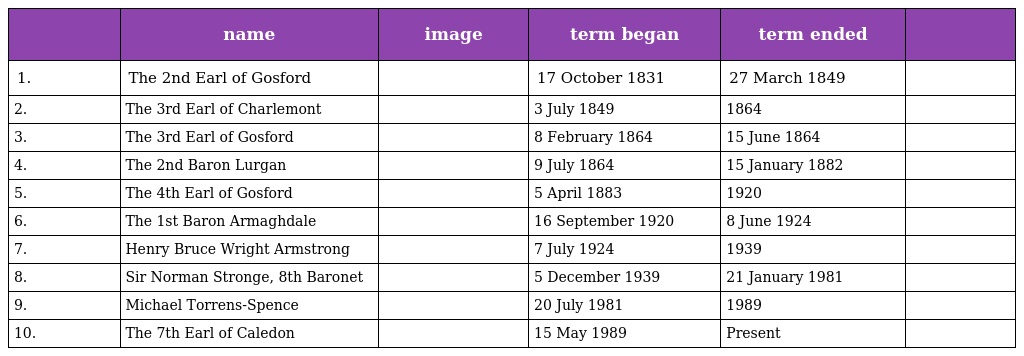
|  | name | image | term began | term ended |  |
 | --- | --- | --- | --- | --- | --- |
 | 1. | The 2nd Earl of Gosford |  | 17 October 1831 | 27 March 1849 |  |
 | 2. | The 3rd Earl of Charlemont |  | 3 July 1849 | 1864 |  |
 | 3. | The 3rd Earl of Gosford |  | 8 February 1864 | 15 June 1864 |  |
 | 4. | The 2nd Baron Lurgan |  | 9 July 1864 | 15 January 1882 |  |
 | 5. | The 4th Earl of Gosford |  | 5 April 1883 | 1920 |  |
 | 6. | The 1st Baron Armaghdale |  | 16 September 1920 | 8 June 1924 |  |
 | 7. | Henry Bruce Wright Armstrong |  | 7 July 1924 | 1939 |  |
 | 8. | Sir Norman Stronge, 8th Baronet |  | 5 December 1939 | 21 January 1981 |  |
 | 9. | Michael Torrens-Spence |  | 20 July 1981 | 1989 |  |
 | 10. | The 7th Earl of Caledon |  | 15 May 1989 | Present |  |